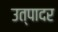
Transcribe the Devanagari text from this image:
उत्पादर